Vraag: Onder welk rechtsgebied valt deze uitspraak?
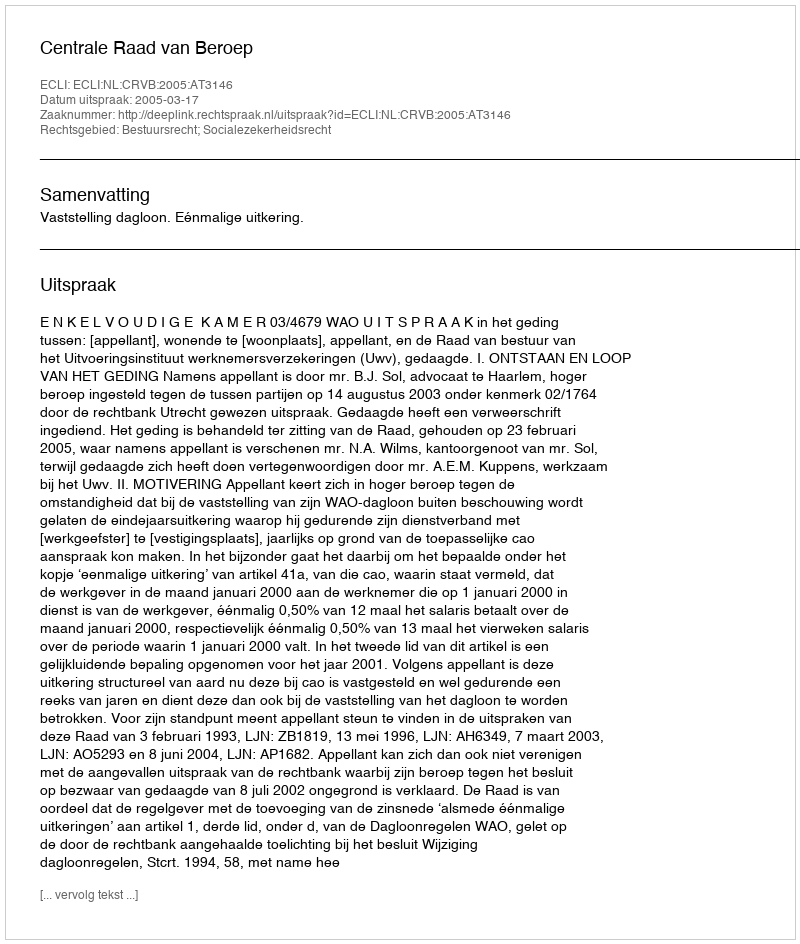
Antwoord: Bestuursrecht; Socialezekerheidsrecht